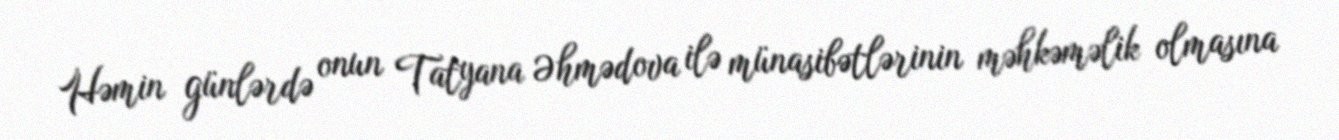
Həmin günlərdə onun Tatyana Əhmədova ilə münasibətlərinin məhkəməlik olmasına